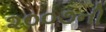
૨૦૦૭ની